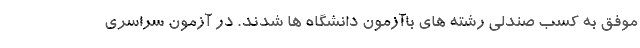
موفق به کسب صندلی رشته های باآزمون دانشگاه ها شدند. در آزمون سراسری